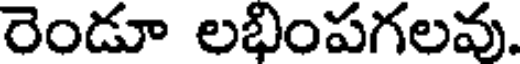
రెండూ లభింపగలవు.